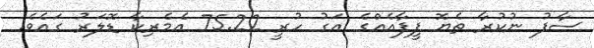
ސާފު ނުކުރާ ތެޔޮ ފީފާއެއްގެ އަގު ހުރީ 75.22 އެމެރިކާ ޑޮލަރު ގައެވެ.